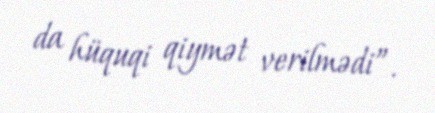
da hüquqi qiymət verilmədi”.